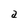
Character: a